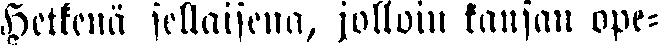
Hetkenä sellaisena, jolloin kansan ope-